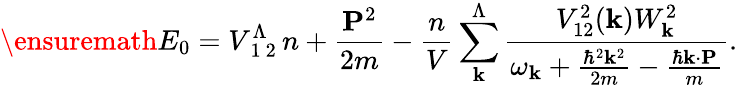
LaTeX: \ensuremath{E_{0}=V_{\mathrm{~1~2~}}^{\Lambda}n+\frac{\mathbf{P}^{2}}{2m}-\frac{n}{V}\sum_{\mathbf{k}}^{\Lambda}\frac{V_{12}^{2}(\mathbf{k})W_{\mathbf{k}}^{2}}{\omega_{\mathbf{k}}+\frac{\hbar^{2}\mathbf{k}^{2}}{2m}-\frac{\hbar\mathbf{k}\cdot\mathbf{P}}{m}}}.